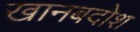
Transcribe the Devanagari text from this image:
खानबदोश